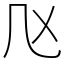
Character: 𠘰